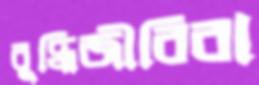
বুদ্ধিজীবিরা